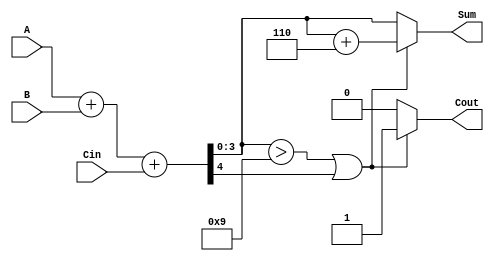
module BCD_Hybrid_Adder (
    input  wire [3:0] A,     // First BCD digit
    input  wire [3:0] B,     // Second BCD digit
    input  wire Cin,         // Carry input
    output reg  [3:0] Sum,   // BCD Sum output
    output reg  Cout         // Carry output
);

    wire [4:0] binary_sum;   // 5-bit binary sum to capture overflow
    wire correction_needed;   // Flag for correction condition

    // Binary addition of A, B and Cin
    assign binary_sum = A + B + Cin;

    // Check if correction is needed (binary_sum exceeds BCD range)
    assign correction_needed = (binary_sum[3:0] > 4'd9) || binary_sum[4];

    always @(*) begin
        if (correction_needed) begin
            // If correction is needed, add 6 (0110)
            Sum = binary_sum[3:0] + 4'd6;
            Cout = 1'b1; // Indicate carry out
        end else begin
            // No correction needed
            Sum = binary_sum[3:0];
            Cout = 1'b0; // No carry out
        end
    end

endmodule